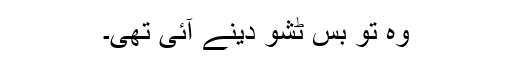
وہ تو بس ٹشو دینے آئی تھی۔